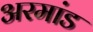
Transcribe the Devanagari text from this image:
अरमांड